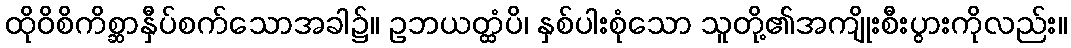
ထိုဝိစိကိစ္ဆာနှီပ်စက်သောအခါ၌။ ဥဘယတ္ထံပိ၊ နှစ်ပါးစုံသော သူတို့၏အကျိုးစီးပွားကိုလည်း။